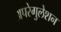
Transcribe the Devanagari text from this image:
अपरेगुलेशन